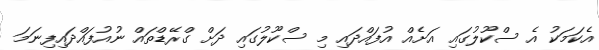
އެކަމަކު އެ ސްކޫލުގައި އަށެއް އުފައްދައި މި ސްކޫލުގައި ދަށް ގްރޭޑްތައް ނުއުފައްދައިފިނަމަ